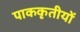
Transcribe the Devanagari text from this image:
पाककृतीयों